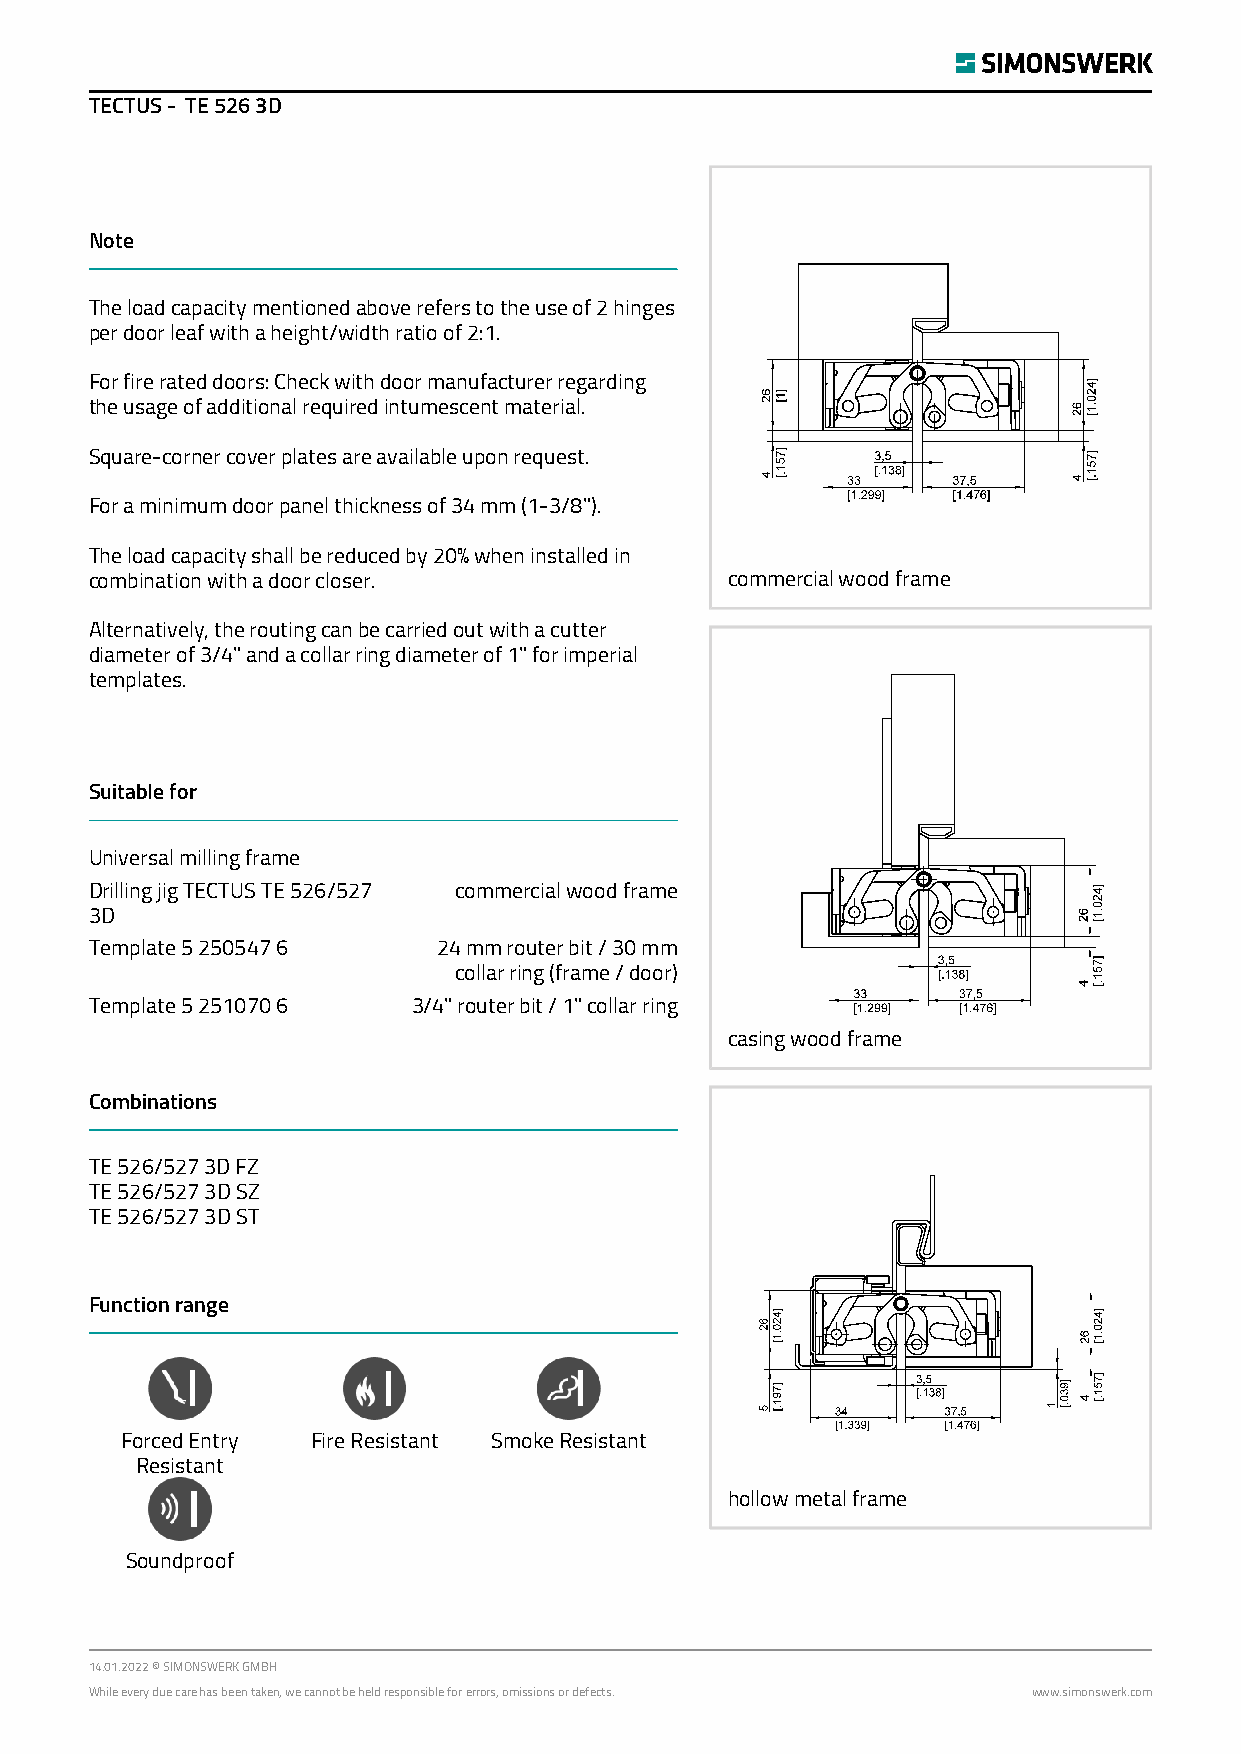
TECTUS - TE 526 3D
 Note
 The load capacity mentioned above refers to the use of 2 hinges
 per door leaf with a height/width ratio of 2:1.
 For fire rated doors: Check with door manufacturer regarding
 the usage of additional required intumescent material.
 Square-corner cover plates are available upon request.
 For a minimum door panel thickness of 34 mm (1-3/8").
 The load capacity shall be reduced by 20% when installed in
 combination with a door closer.           commercial wood frame
 Alternatively, the routing can be carried out with a cutter
 diameter of 3/4" and a collar ring diameter of 1" for imperial
 templates.
 Suitable for
 Universal milling frame
 Drilling jig TECTUS TE 526/527 commercial wood frame
 3D
 Template 5 250547 6    24 mm router bit / 30 mm
 collar ring (frame / door)
 Template 5 251070 6  3/4" router bit / 1" collar ring
 casing wood frame
 Combinations
 TE 526/527 3D FZ
 TE 526/527 3D SZ
 TE 526/527 3D ST
 Function range
 Forced Entry Fire Resistant Smoke Resistant
 Resistant
 hollow metal frame
 Soundproof
 14.01.2022 © SIMONSWERK GMBH
 While every due care has been taken, we cannot be held responsible for errors, omissions or defects. www.simonswerk.com